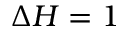
\Delta H = 1